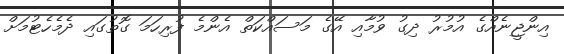
އިންޖީނެއްގެ އުމުރު ދިގު ވުމާއި އޭގެ މަސައްކަތް އެންމެ ފުރިހަމަ ގޮތުގައި ދެމެހެޓުމަށް